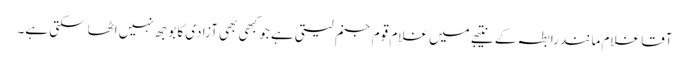
آقا غلام مانند رابطہ کے نتیجے میں غلام قوم جنم لیتی ہے جو کبھی بھی آزادی کا بوجھ نہیں اٹھاسکتی ہے۔